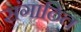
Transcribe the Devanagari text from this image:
संगाठित